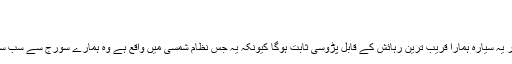
*
زمین جیسا سیارہ دریافت*
محققین کے سربراہ گوئیلیم کا کہنا ہے کہ ممکنہ طور پر یہ سیارہ ہمارا قریب ترین رہائش کے قابل پڑوسی ثابت ہوگا کیونکہ یہ جس نظامِ شمسی میں واقع ہے وہ ہمارے سورج سے سب سے نزدیک ہے اور باقی تمام نظام ہائے شمسی دور ہیں۔